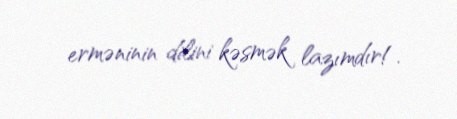
erməninin dilini kəsmək lazımdır!.